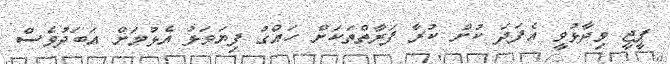
ޕީޖީ ވިދާޅުވީ އެފަދަ ކުށް ކުރާ ފަރާތްތަކަށް ހައްގު ފިޔަވަޅު އެޅުމަށް އަބަދުވެސް